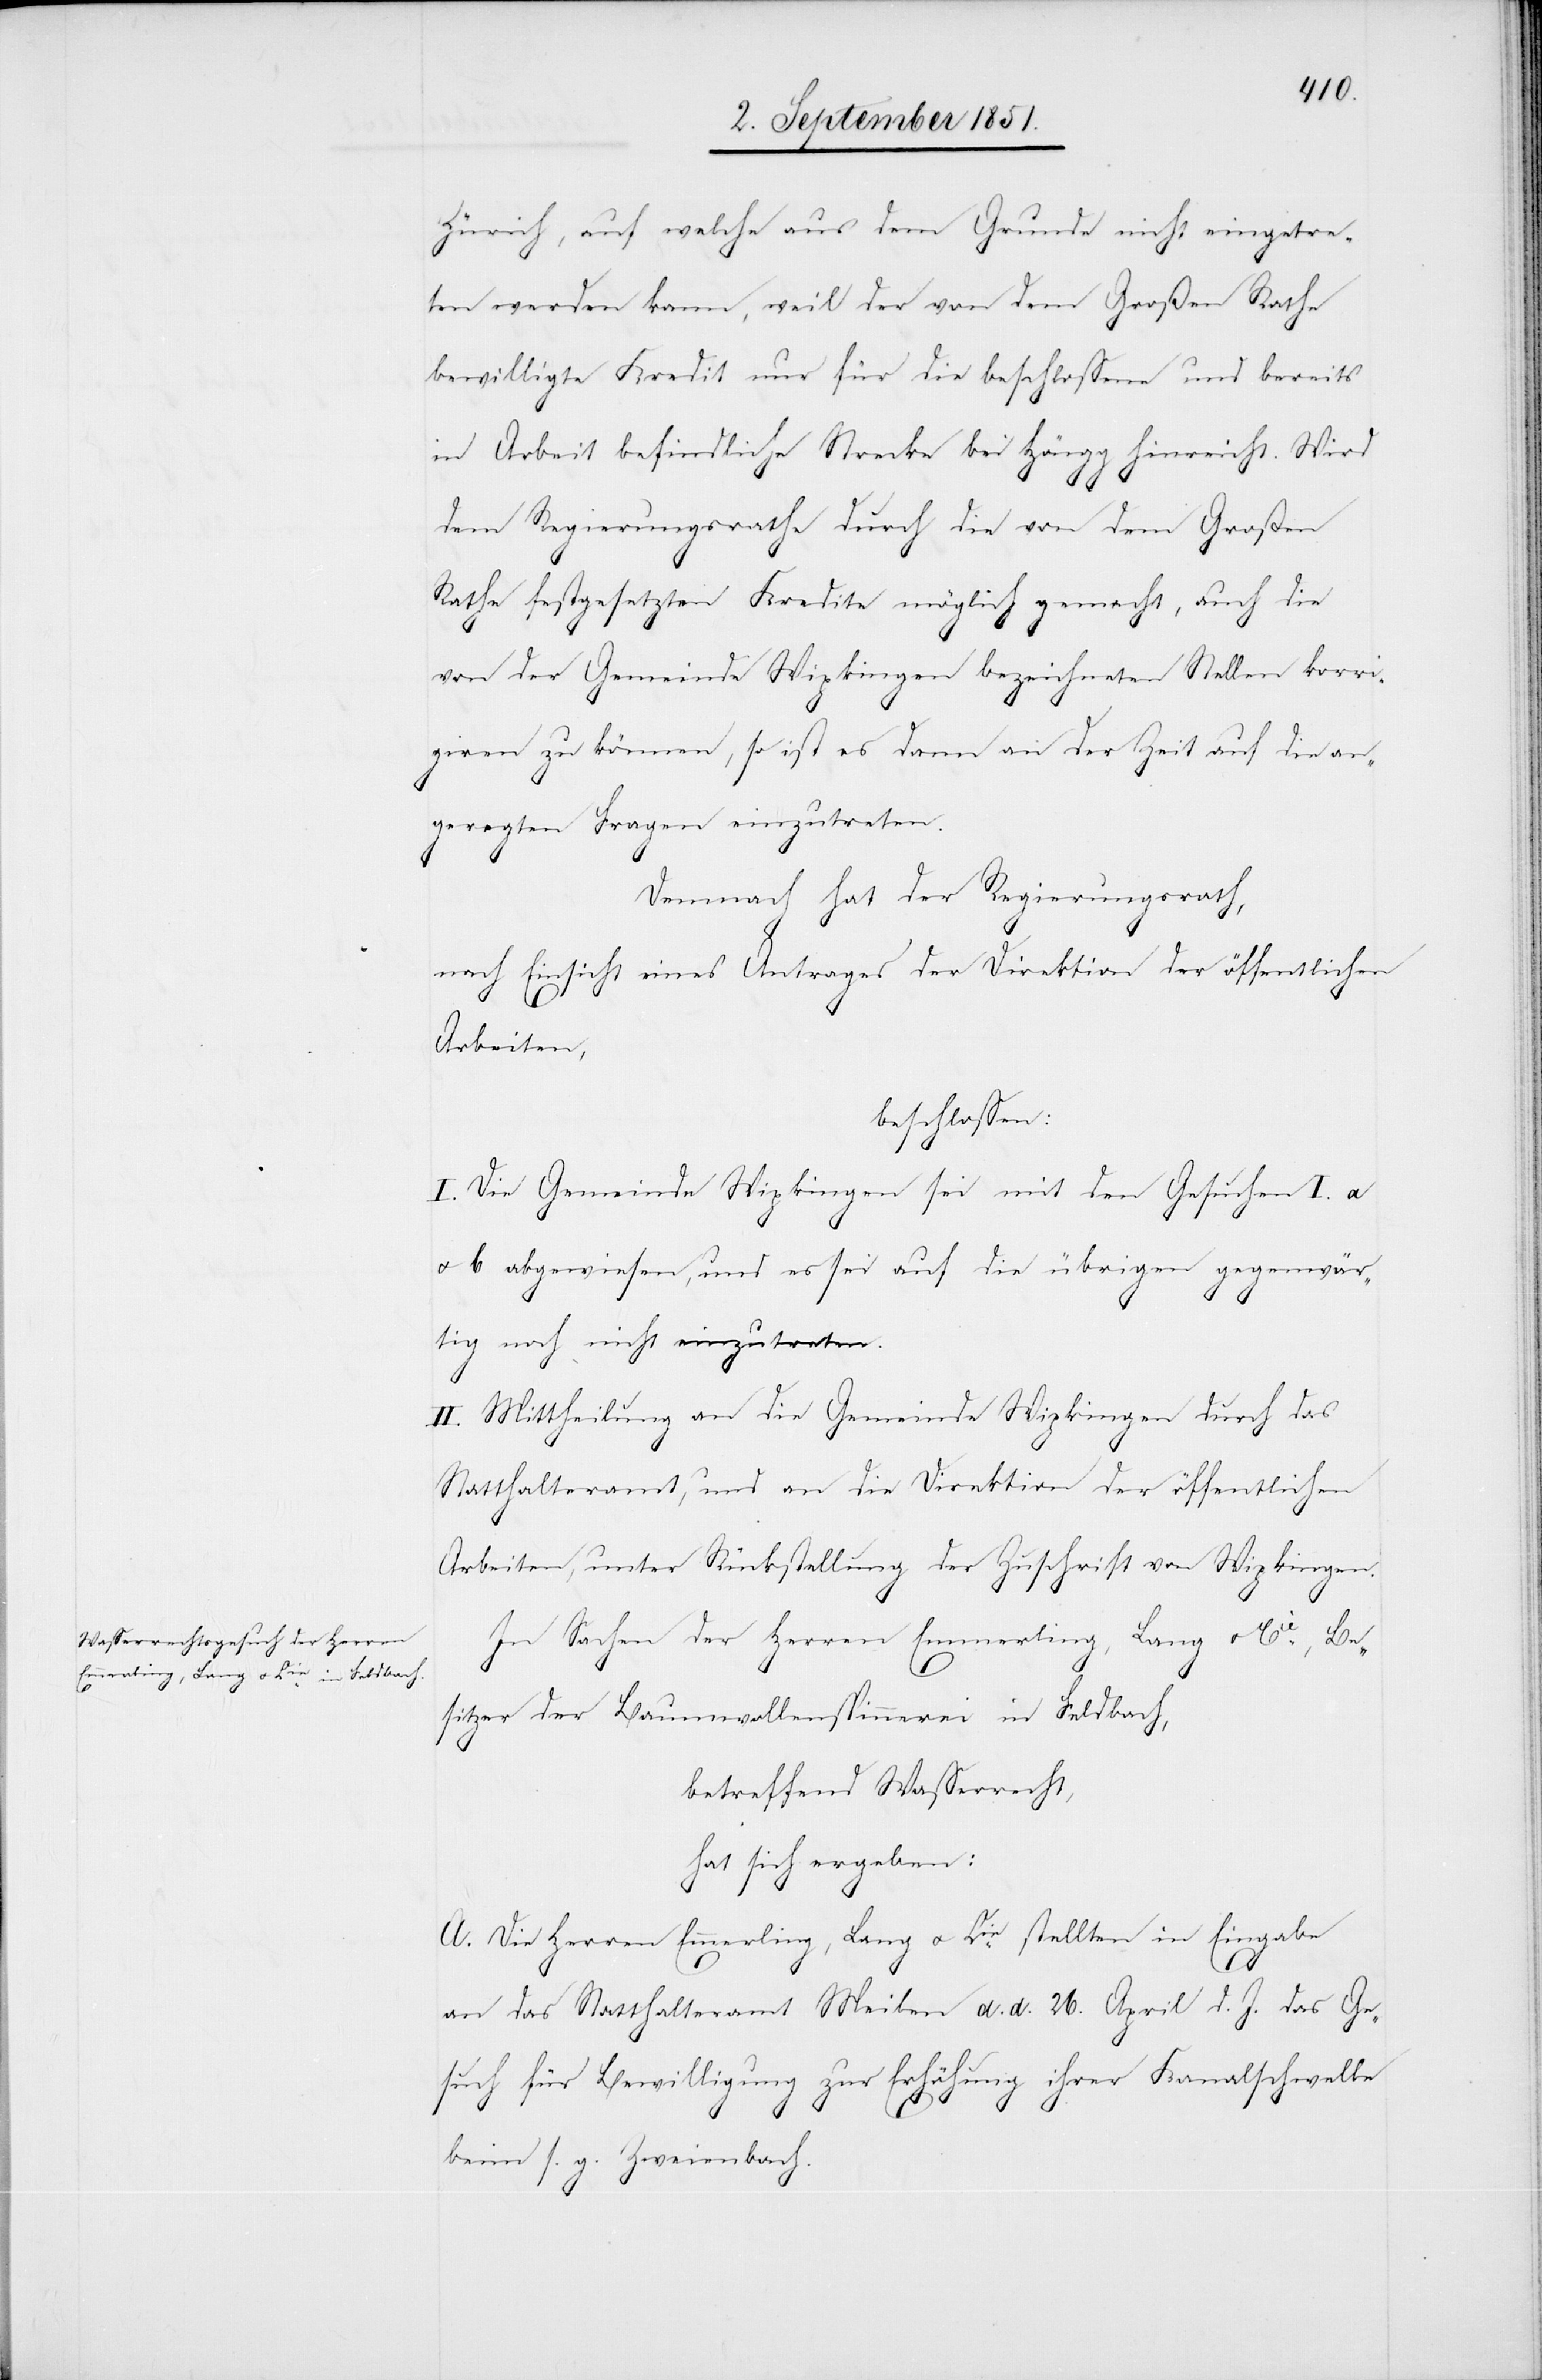
Zürich, auf welche aus dem Grunde nicht eingetre¬
ten werden kann, weil der von dem Großen Rathe
bewilligte Kredit nur für die beschlossene und bereits
in Arbeit befindliche Strecke bei Höngg hinreicht. Wird
dem Regierungsrathe durch die von dem Großen
Rathe festgesetzten Kredite möglich gemacht, auch die
von der Gemeinde Wipkingen bezeichneten Stellen korri¬
giren zu können, so ist es dann an der Zeit auf die an¬
geregten Fragen einzutreten.
Demnach hat der Regierungsrath,
nach Einsicht eines Antrages der Direktion der öffentlichen
Arbeiten,
beschlossen:
I. Die Gemeinde Wipkingen sei mit den Gesuchen I. a
u. b abgewiesen, und es sei auf die übrigen gegenwär¬
tig noch nicht einzutreten.
II. Mittheilung an die Gemeinde Wipkingen durch das
Statthalteramt, und an die Direktion der öffentlichen
Arbeiten, unter Rückstellung der Zuschrift von Wipkingen.
In Sachen der Herren Emmerling, Lang u. Cie., Be¬
sitzer der Baumwollenspinnerei in Feldbach,
betreffend Wasserrecht,
hat sich ergeben:
A. Die Herren Emmerling, Lang u. Cie. stellten in Eingabe
an das Statthalteramt Meilen d. d. 26. April d. J. das Ge¬
such für Bewilligung zur Erhöhung ihrer Kanalschwelle
beim s. g. Zweienbach.